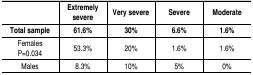
|  | Extremely severe | Very severe | Severe | Moderate |
 | Total sample | 61.6% | 30% | 6.6% | 1.6% |
 | --- | --- | --- | --- | --- |
 | Females P=0.034 | 53.3% | 20% | 1.6% | 1.6% |
 | Males | 8.3% | 10% | 5% | 0% |